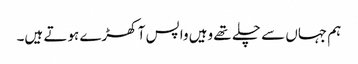
ہم جہاں سے چلے تھے وہیں واپس آ کھڑے ہوتے ہیں۔